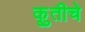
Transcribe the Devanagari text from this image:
कृुतीचे